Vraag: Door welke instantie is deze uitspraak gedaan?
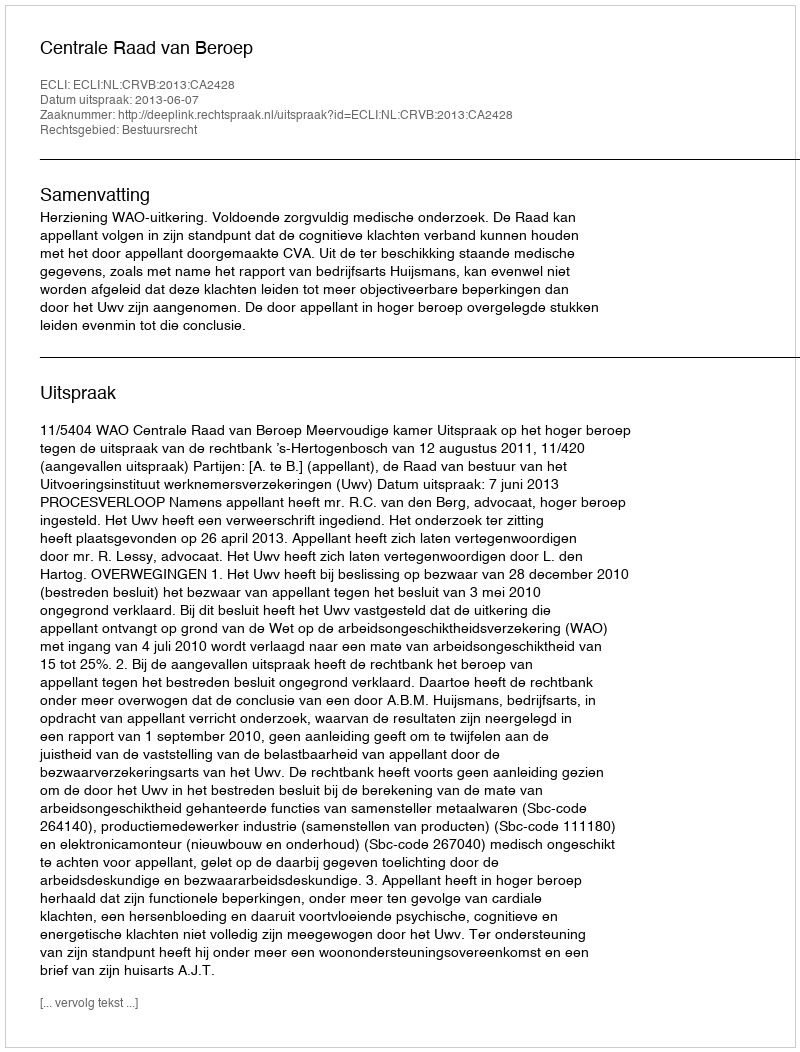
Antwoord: Centrale Raad van Beroep